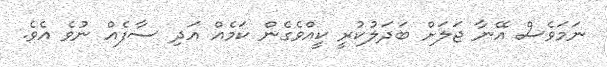
ނަމަވެސް އޭނާ ޖަލަށް ބަދަލުކުރީ ކީއްވެގެން ކަމެއް އަދި ސާފެއް ނުވެ އެވެ.